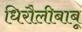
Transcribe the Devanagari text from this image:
धिरौलीबाबू